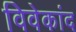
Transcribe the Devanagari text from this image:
विवेकांद